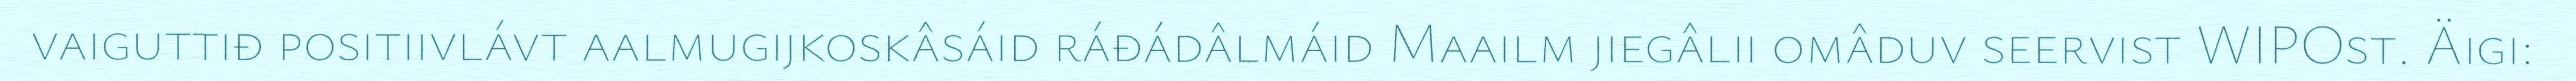
vaiguttiđ positiivlávt aalmugijkoskâsáid ráđádâlmáid Maailm jiegâlii omâduv seervist WIPOst. Äigi: